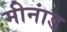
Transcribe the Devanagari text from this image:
मीनांड